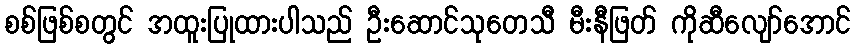
စစ်ဖြစ်စတွင် အထူးပြုထားပါသည် ဦးဆောင်သုတေသီ မီးနီဖြတ် ကိုဆီလျော်အောင်